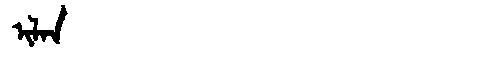
Manchu: ᡳᠯᠠᠨ
Romanization: ILAN